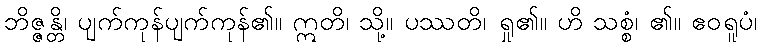
ဘိဇ္ဇန္တိ၊ ပျက်ကုန်ပျက်ကုန်၏။ ဣတိ၊ သို့။ ပဿတိ၊ ရှု၏။ ဟိ သစ္စံ၊ ၏။ ဧဝရူပံ၊